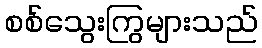
စစ်သွေးကြွများသည်